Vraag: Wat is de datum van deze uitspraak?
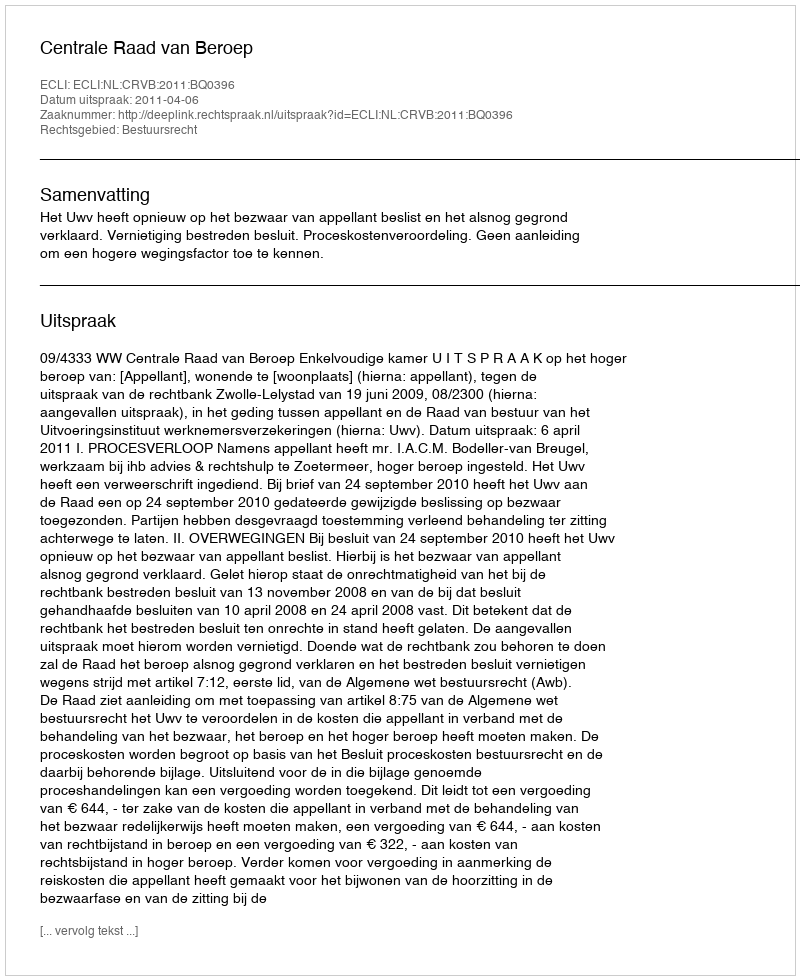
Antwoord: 2011-04-06